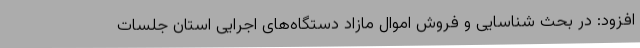
افزود: در بحث شناسایی و فروش اموال مازاد دستگاه‌های اجرایی استان جلسات